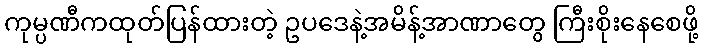
ကုမ္ပဏီကထုတ်ပြန်ထားတဲ့ ဥပဒေနဲ့အမိန့်အာဏာတွေ ကြီးစိုးနေစေဖို့